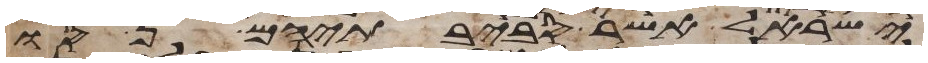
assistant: ישראל אשר סביבתיהם נסו